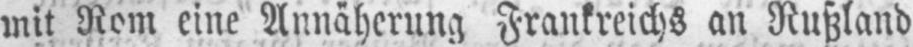
mit Rom eine Annäherung Frankreichs an Rußland